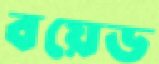
বয়েড